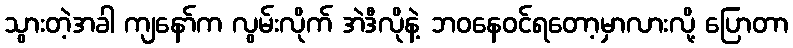
သွားတဲ့အခါ ကျနော်က လွမ်းလိုက် အဲဒီလိုနဲ့ ဘဝနေဝင်ရတော့မှာလားလို့ ပြောတာ